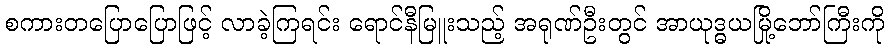
စကားတပြောပြောဖြင့် လာခဲ့ကြရင်း ရောင်နီမြူးသည့် အရုဏ်ဦးတွင် အာယုဒ္ဓယမြို့ဘော်ကြီးကို